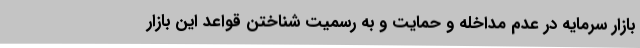
بازار سرمایه در عدم مداخله و حمایت و به رسمیت شناختن قواعد این بازار